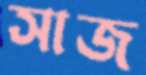
সাজ